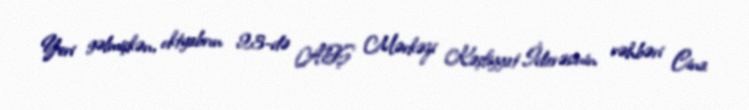
Yeri gəlmişkən, oktyabrın 23-də ABŞ Mərkəzi Kəşfiyyat İdarəsinin rəhbəri Cina